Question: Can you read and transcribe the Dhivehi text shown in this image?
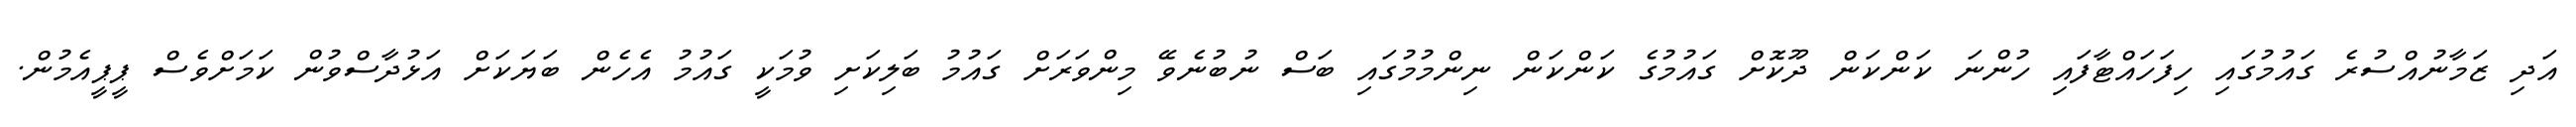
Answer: އަދި ޒަމާނުއްސުރެ ގައުމުގައި ހިފަހައްޓާފައި ހުންނަ ކަންކަން ދޫކޮށް ގައުމުގެ ކަންކަން ނިންމުމުގައި ބަސް ނުބުނެވޭ މިންވަރަށް ގައުމު ބަލިކަށި ވުމަކީ ގައުމު އެހެން ބަޔަކަށް އަޅުދާސްވުން ކަމަށްވެސް ޕީޕީއެމުން.